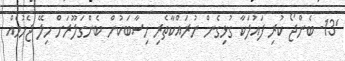
'13- ބެންޖޯ ކުރި ފައުލަކާ ގުޅިގެން ނުރައްކާތެރި ހިސާބަކުން ބެންގަލޫރަށް ހިލޭ ޖެހުމެއް